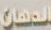
الدهان